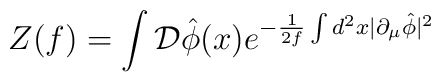
Z(f)=\int {\cal D}\hat{\phi}(x) e^{-\frac{1}{2f}\int d^{2}x|\partial_{\mu}\hat{\phi}|^{2}}